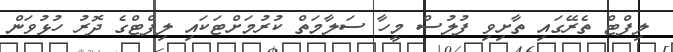
ލިފްޓް ތެރޭގައި ތާށިވި ފުލުސް މީހާ ސަލާމަތް ކުރުމަށްޓަކައި ލިފްޓްގެ ދޮރު ހުޅުވަން